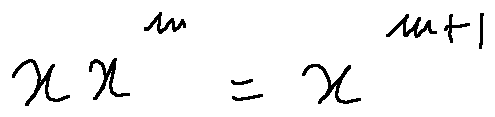
x x ^ { m } = x ^ { m + 1 }